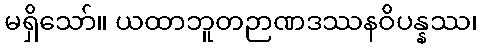
မရှိသော်။ ယထာဘူတဉာဏဒဿနဝိပန္နဿ၊